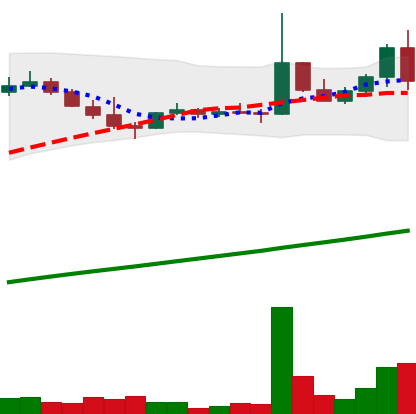
Ticker: DOGE-USD
Chart end date: 2021-04-07
Forward return: 19.887%
Label: up_7plus